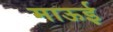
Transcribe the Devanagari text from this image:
माऊई